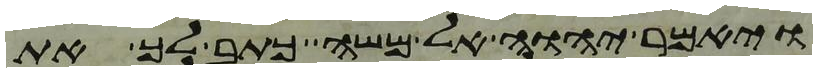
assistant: ויאמר יהוה אל משה כתב לך את